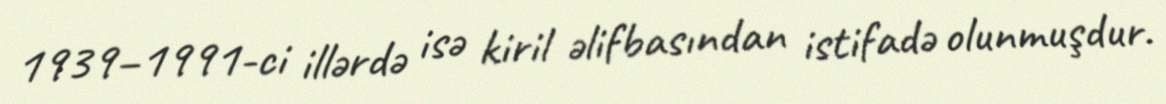
1939–1991-ci illərdə isə kiril əlifbasından istifadə olunmuşdur.